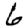
Digit: 6